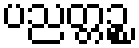
ပညတ္တဉ္စ